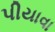
પીયાવા